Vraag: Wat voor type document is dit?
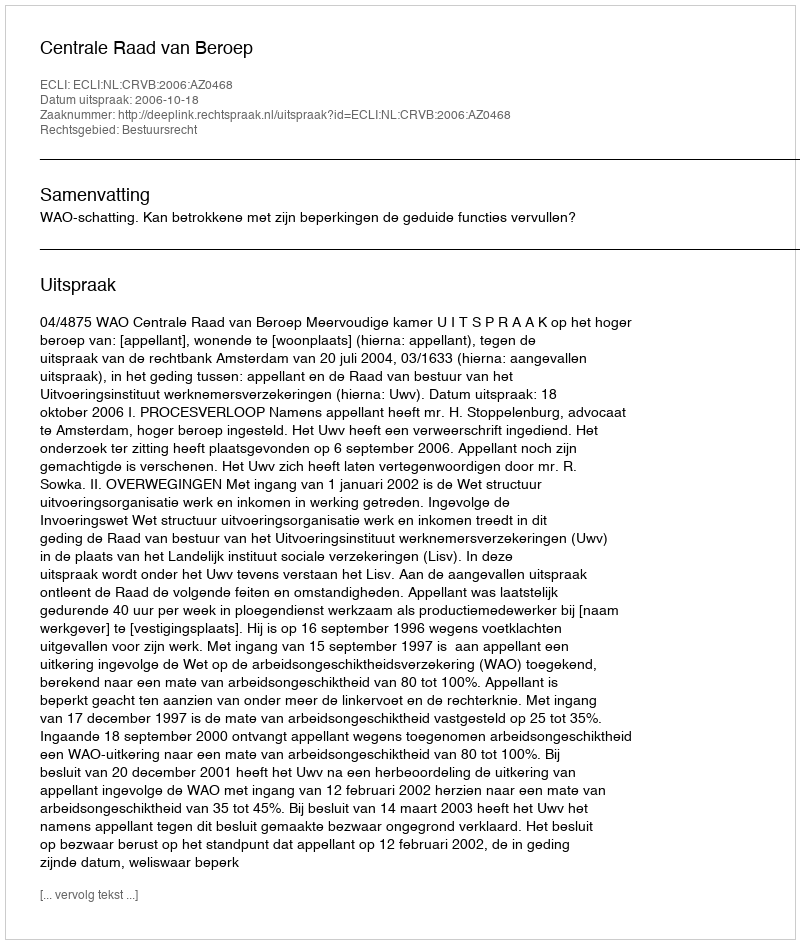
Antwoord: Uitspraak